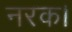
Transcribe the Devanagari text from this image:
नरक।